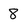
Character: 8